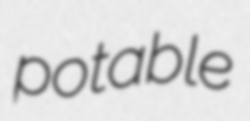
potable